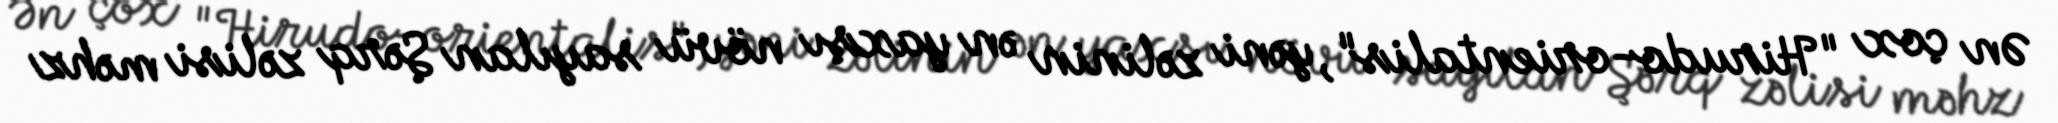
Ən çox "Hirudo-orientalis", yəni zəlinin ən yaxşı növü sayılan Şərq zəlisi məhz